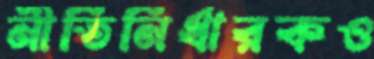
নীতিনির্ধারকও